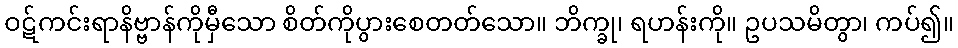
ဝဋ်ကင်းရာနိဗ္ဗာန်ကိုမှီသော စိတ်ကိုပွားစေတတ်သော။ ဘိက္ခု၊ ရဟန်းကို။ ဥပသမိတွာ၊ ကပ်၍။